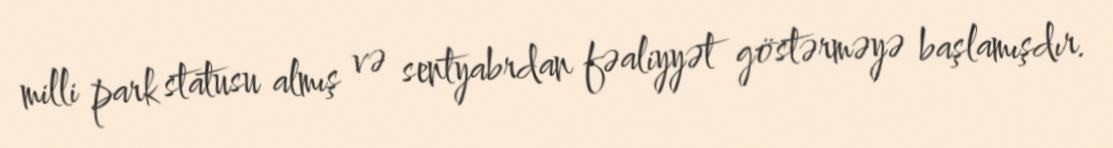
milli park statusu almış və sentyabrdan fəaliyyət göstərməyə başlamışdır.